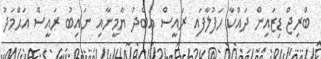
ބްރިޖް ޑިޒައިން ދައްކާ ހަފުލާފައި ރައީސް އަބްދު ޔާމީނާއި ނައިބު ރައީސް އަޙްމަދު